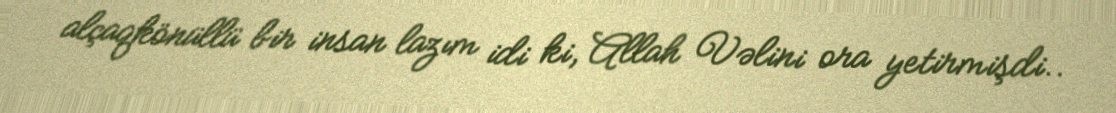
alçaqkönüllü bir insan lazım idi ki, Allah Vəlini ora yetirmişdi..